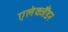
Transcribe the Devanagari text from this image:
एलेक्जैंडर